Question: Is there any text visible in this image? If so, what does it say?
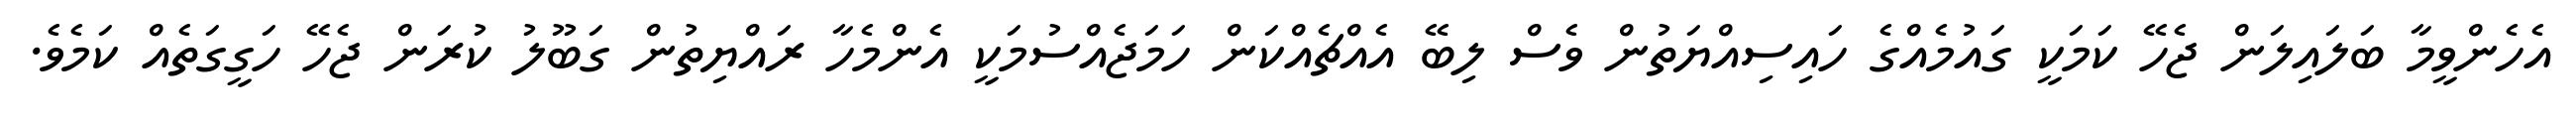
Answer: އެހެންވީމާ ބަލައިލަން ޖެހޭ ކަމަކީ ގައުމެއްގެ ހައިސިއްޔަތުން ވެސް ލިބޭ އެއްޗެއްކަން ހަމަޖެއްސުމަކީ އެންމެހާ ރައްޔިތުން ގަބޫލު ކުރަން ޖެހޭ ހަގީގަތެއް ކަމެވެ.